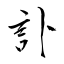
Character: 訃